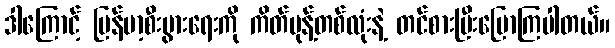
ဒါကြောင့် မြန်မာ့စီးပွားရေးကို ကိတ်မုန့်တစ်လုံးနဲ့ တင်စားပြီးပြောကြပါတယ်။